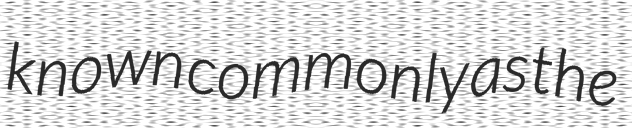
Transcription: known commonly as the